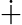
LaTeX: \dotplus